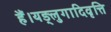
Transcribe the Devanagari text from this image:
हैं।यङ्लुगादिवृत्ति